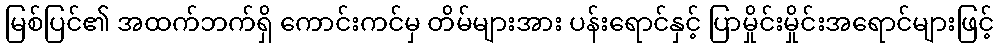
မြစ်ပြင်၏ အထက်ဘက်ရှိ ကောင်းကင်မှ တိမ်များအား ပန်းရောင်နှင့် ပြာမှိုင်းမှိုင်းအရောင်များဖြင့်